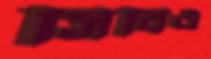
সিবিএ